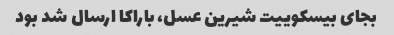
بجای بیسکوییت شیرین عسل، باراکا ارسال شد بود